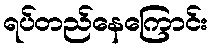
ရပ်တည်နေကြောင်း